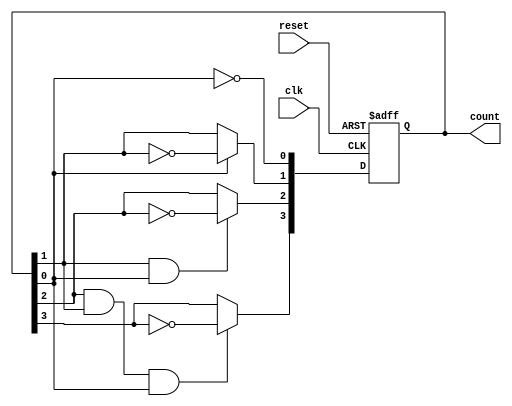
module async_ripple_counter (
    input wire clk,            // Clock input for the first flip-flop
    input wire reset,          // Asynchronous reset signal
    output reg [n-1:0] count   // n-bit counter output
);
    parameter n = 4;           // Number of bits in the counter (can be changed as needed)

    // Flip-flops for the ripple counter
    always @(posedge clk or posedge reset) begin
        if (reset) begin
            count <= 0;        // Reset the counter to 0
        end else begin
            count[0] <= ~count[0]; // Toggle LSB
            // Ripple effect for the remaining bits
            count[1] <= count[0] ? ~count[1] : count[1];
            count[2] <= (count[1] & count[0]) ? ~count[2] : count[2];
            count[3] <= (count[2] & count[1] & count[0]) ? ~count[3] : count[3];
            // Add more bits as needed for larger counters
        end
    end
endmodule